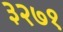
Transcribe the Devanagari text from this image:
३२७१